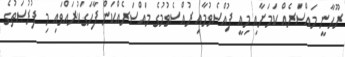
ރޫޙާނީ މައްސަރެއް ކަމަށާއި މިއީ ފުއްސެވުމާއި ރުއްސެވުމުގެ މައްސަރެއްކަން ފާހަގަކުރައްވައި މި ފުރުޞަތުގެ